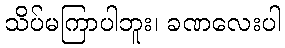
သိပ်မကြာပါဘူး၊ ခဏလေးပါ